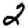
Digit: 2